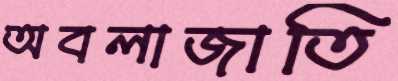
অবলাজাতি